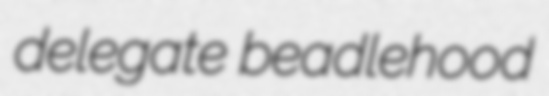
delegate beadlehood